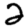
Digit: 2